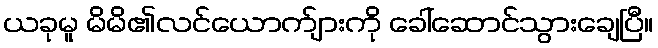
ယခုမူ မိမိ၏လင်ယောက်ျားကို ခေါ်ဆောင်သွားချေပြီ။